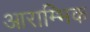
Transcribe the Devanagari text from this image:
आराम्भिक